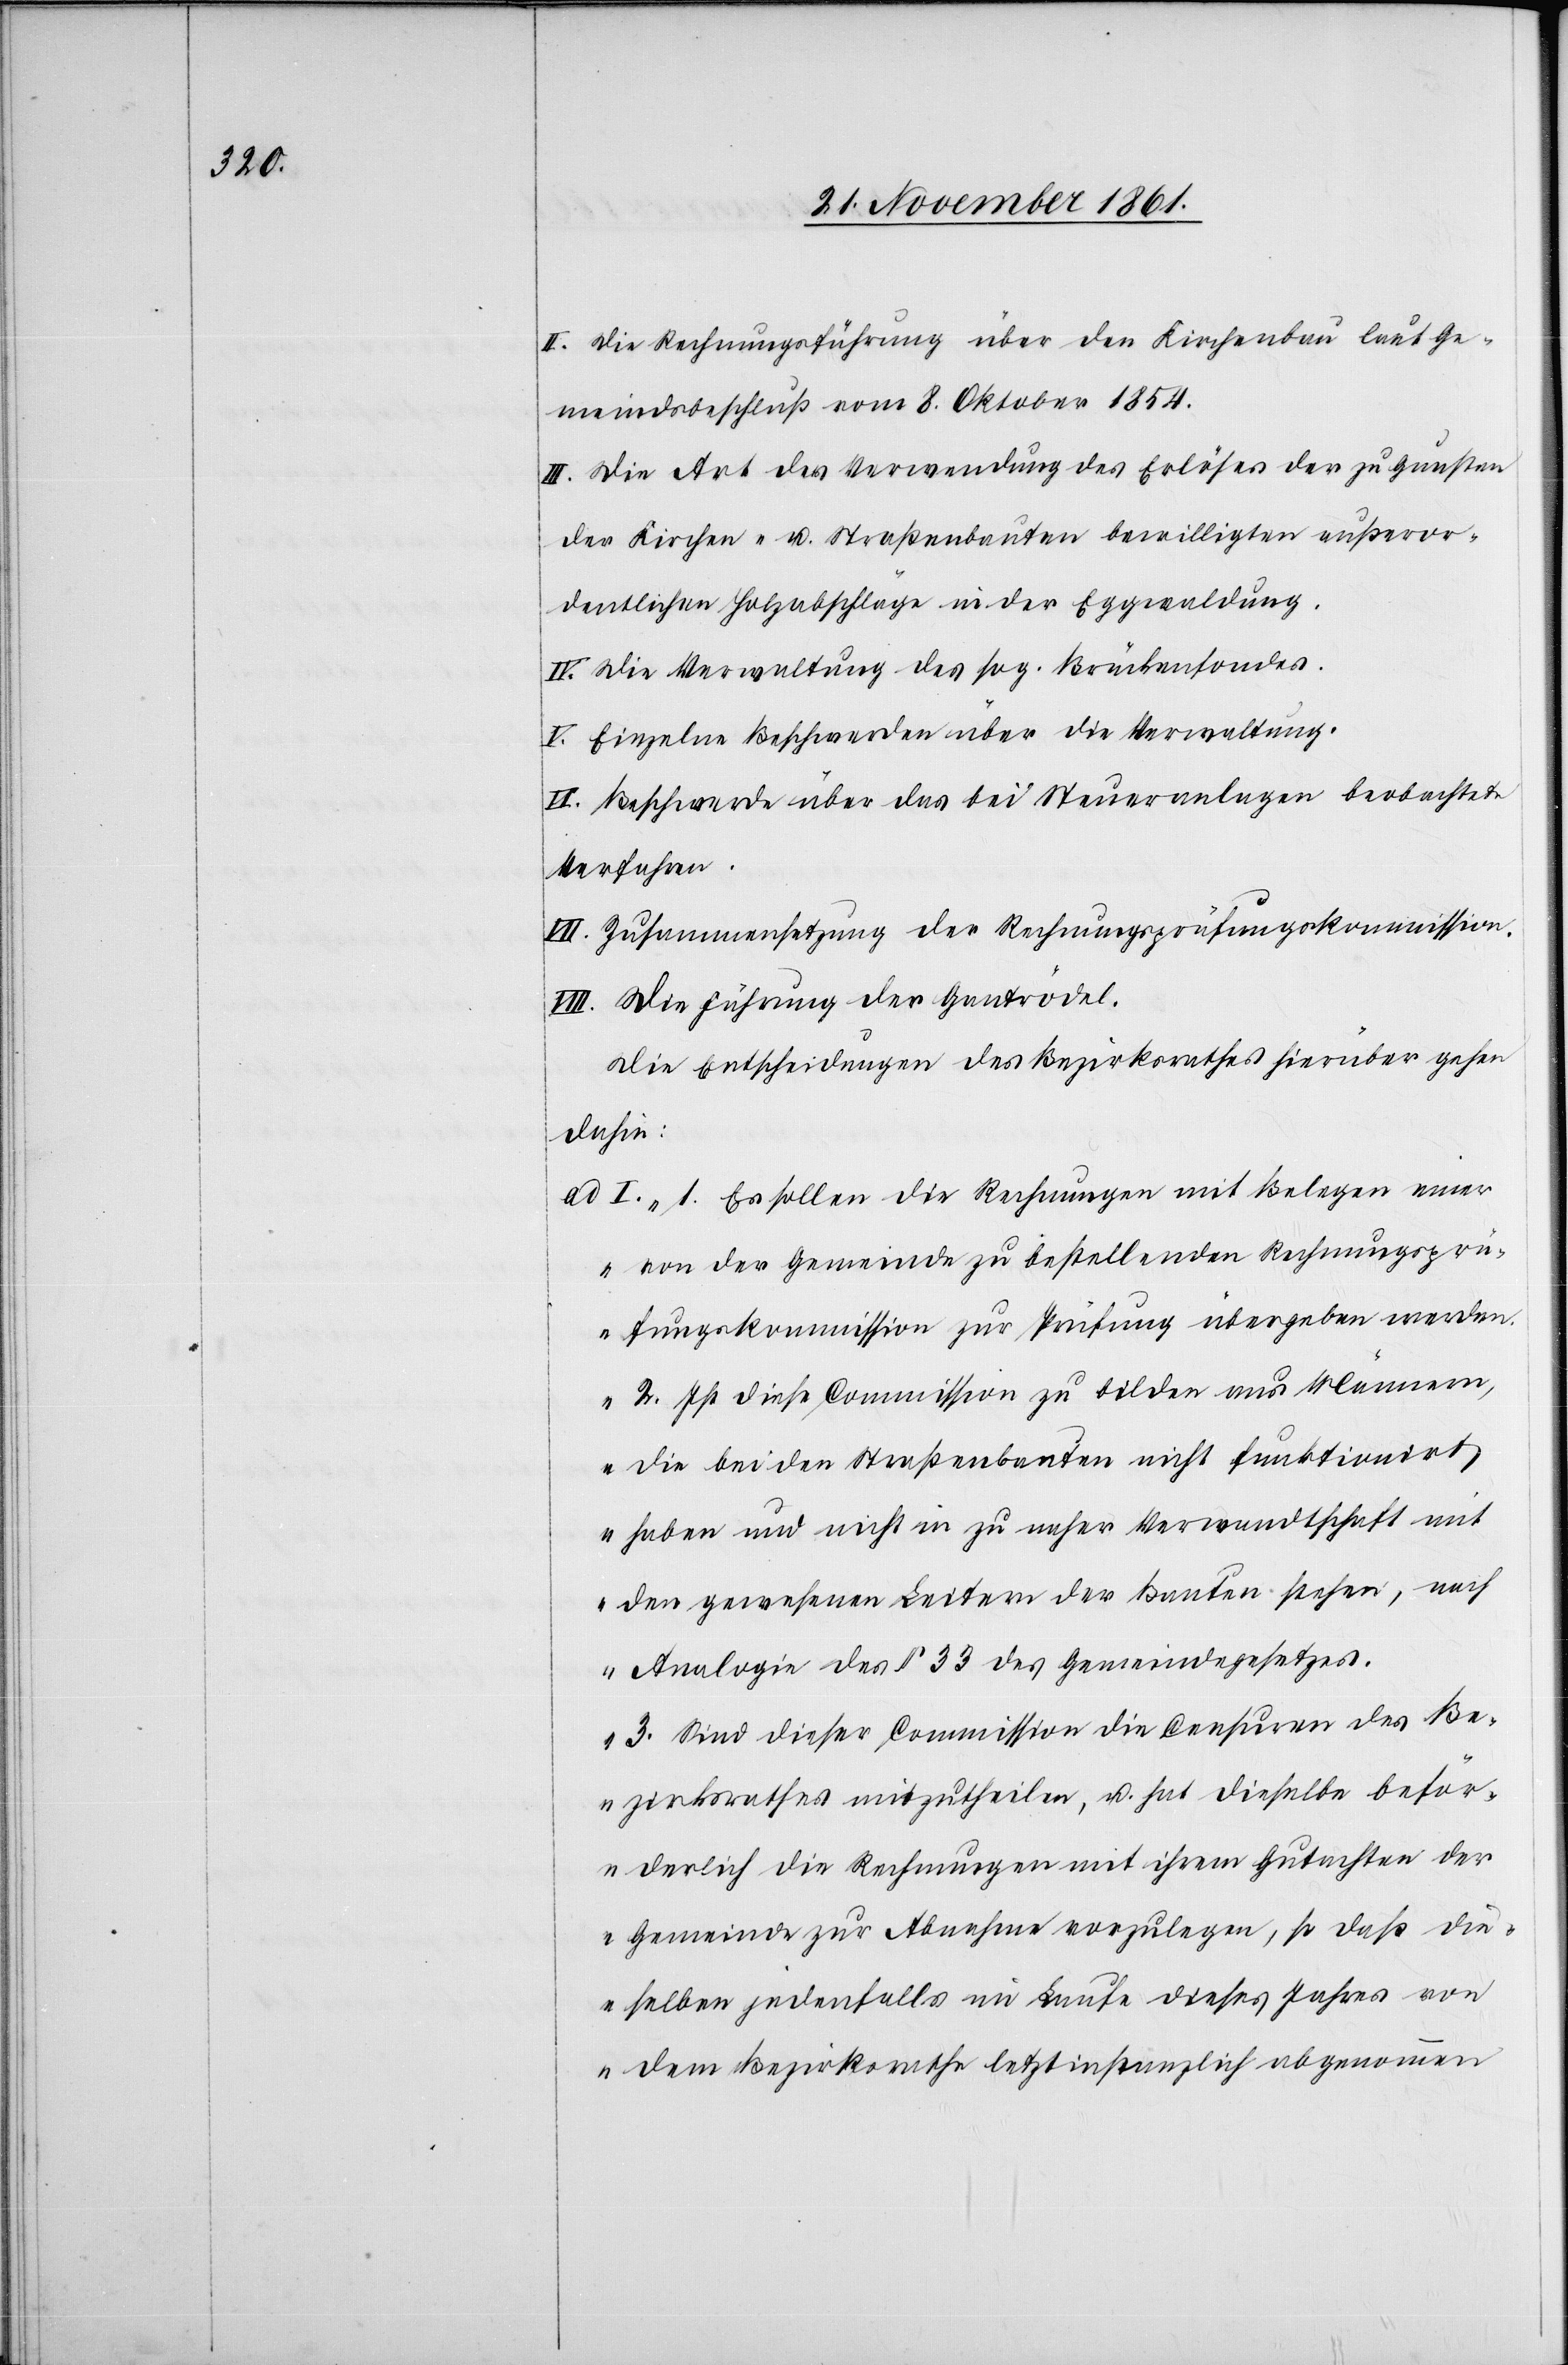
II. Die Rechnungsführung über den Kirchenbau laut Ge¬
meindsbeschluß vom 8 Oktober 1854.
III. Die Art der Verwendung des Erlöses der zu Gunsten
der Kirchen- u. Straßenbauten bewilligten außeror¬
dentlichen Holzabschläge in der Eggwaldung.
IV. Die Verwaltung des sog. Brückenfondes.
V. Einzelne Beschwerden über die Verwaltung.
VI. Beschwerde über das bei Steueranlagen beobachtete
Verfahren.
VII. Zusammensetzung der Rechnungsprüfungskommission.
VIII. Die Führung der Gantrödel.
Die Entscheidungen des Bezirksrathes hierüber gehen
dahin:
ad I. „1. Es sollen die Rechnungen mit Belegen einer
von der Gemeinde zu bestellenden Rechnungsprü¬
fungskommission zur Prüfung übergeben werden.
2. Ist diese Commission zu bilden aus Männern,
die bei den Straßenbauten nicht funktionirt
haben und nicht in zu naher Verwandtschaft mit
den gewesenen Leitern der Bauten stehen, nach
Analogie des § 33 des Gemeindegesetzes.
3. Sind dieser Commission die Censuren des Be¬
zirksrathes mitzutheilen, u. hat dieselbe beför¬
derlich die Rechnungen mit ihrem Gutachten der
Gemeinde zur Abnahme vorzulegen, so daß die¬
selben jedenfalls im Laufe dieses Jahres von
dem Bezirksrathe letztinstanzlich abgenommen